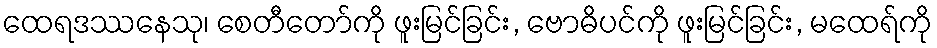
ထေရဒဿနေသု၊ စေတီတော်ကို ဖူးမြင်ခြင်း, ဗောဓိပင်ကို ဖူးမြင်ခြင်း, မထေရ်ကို